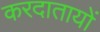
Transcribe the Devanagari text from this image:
करदातायों